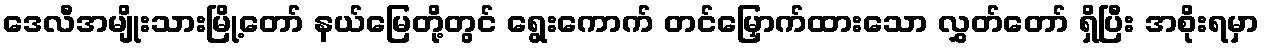
ဒေလီအမျိုးသားမြို့တော် နယ်မြေတို့တွင် ရွေးကောက် တင်မြှောက်ထားသော လွှတ်တော် ရှိပြီး အစိုးရမှာ